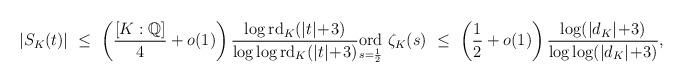
LaTeX: \begin{align*}|S_K(t)| \ \le \ \left(\frac{[K:\mathbb{Q}]}{4}+o(1) \right) \frac{\log \mathrm{rd}_K(|t|\!+\!3)}{\log \log \mathrm{rd}_K(|t|\!+\!3)} \underset{s=\frac12}{\mathrm{ord}} \ \zeta_K(s)\ \le \ \left(\frac{1}{2}+o(1) \right) \frac{\log(|d_K|\!+\!3)}{\log \log (|d_K|\!+\!3)},\end{align*}